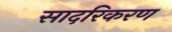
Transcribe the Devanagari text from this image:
सादरिकरण